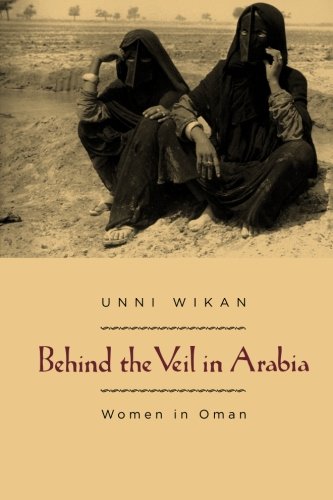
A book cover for Behind the Veil in Arabia: Women in Oman; Unni Wikan; History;